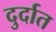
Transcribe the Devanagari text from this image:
दुर्दात